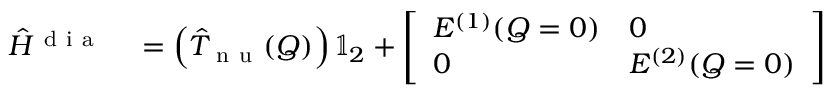
\begin{array} { r l } { \hat { H } ^ { \mathrm { ~ d ~ i ~ a ~ } } } & { { } = \left( \hat { T } _ { \mathrm { ~ n ~ u ~ } } ( \boldsymbol { Q } ) \right) \mathbb { 1 } _ { 2 } + \left[ \begin{array} { l l } { E ^ { ( 1 ) } ( \boldsymbol { Q } = 0 ) } & { 0 } \\ { 0 } & { E ^ { ( 2 ) } ( \boldsymbol { Q } = 0 ) } \end{array} \right] } \end{array}